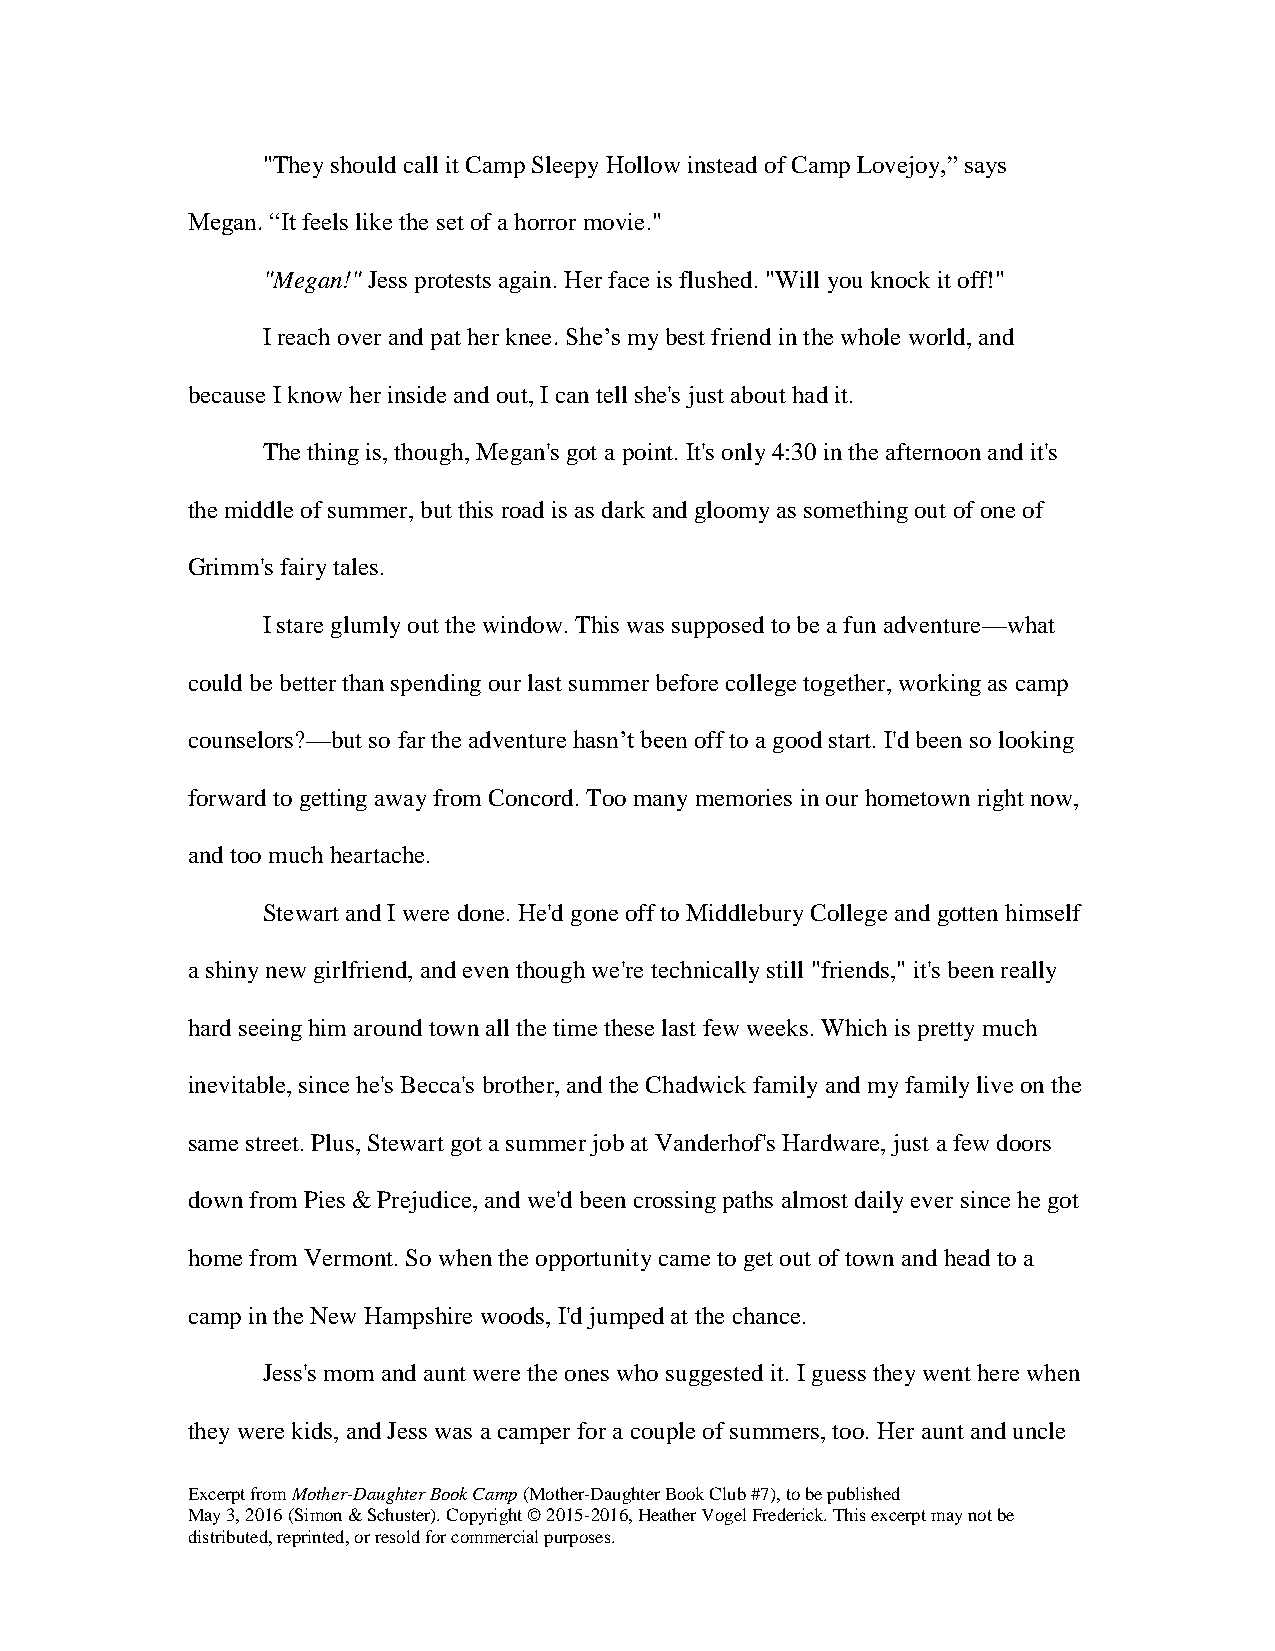
"They should call it Camp Sleepy Hollow instead of Camp Lovejoy,” says
 Megan. “It feels like the set of a horror movie."
 "Megan!" Jess protests again. Her face is flushed. "Will you knock it off!"
 I reach over and pat her knee. She’s my best friend in the whole world, and
 because I know her inside and out, I can tell she's just about had it.
 The thing is, though, Megan's got a point. It's only 4:30 in the afternoon and it's
 the middle of summer, but this road is as dark and gloomy as something out of one of
 Grimm's fairy tales.
 I stare glumly out the window. This was supposed to be a fun adventure—what
 could be better than spending our last summer before college together, working as camp
 counselors?—but so far the adventure hasn’t been off to a good start. I'd been so looking
 forward to getting away from Concord. Too many memories in our hometown right now,
 and too much heartache.
 Stewart and I were done. He'd gone off to Middlebury College and gotten himself
 a shiny new girlfriend, and even though we're technically still "friends," it's been really
 hard seeing him around town all the time these last few weeks. Which is pretty much
 inevitable, since he's Becca's brother, and the Chadwick family and my family live on the
 same street. Plus, Stewart got a summer job at Vanderhof's Hardware, just a few doors
 down from Pies & Prejudice, and we'd been crossing paths almost daily ever since he got
 home from Vermont. So when the opportunity came to get out of town and head to a
 camp in the New Hampshire woods, I'd jumped at the chance.
 Jess's mom and aunt were the ones who suggested it. I guess they went here when
 they were kids, and Jess was a camper for a couple of summers, too. Her aunt and uncle
 Excerpt from Mother-Daughter Book Camp (Mother-Daughter Book Club #7), to be published
 May 3, 2016 (Simon & Schuster). Copyright © 2015-2016, Heather Vogel Frederick. This excerpt may not be
 distributed, reprinted, or resold for commercial purposes.